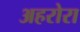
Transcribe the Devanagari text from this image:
अहरोरा